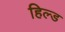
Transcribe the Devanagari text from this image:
हिल्ड